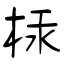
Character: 柡